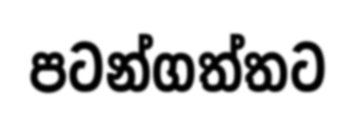
පටන්ගත්තට